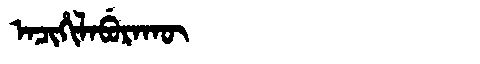
Manchu: ᠠᠴᡳᡥᡳᠯᠠᠪᡠᡵᠠᡴᡡ
Romanization: ACIHILABURAKŪ